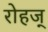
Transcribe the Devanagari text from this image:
रोहज्